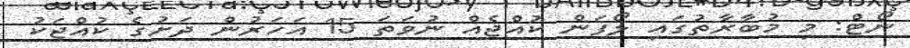
ނޯޓް: މި މުބާރާތުގައި ލޯފަން ކުއްޖެއް ނުވަތަ 15 އަހަރުން ދަށުގެ ކުއްޖަކު